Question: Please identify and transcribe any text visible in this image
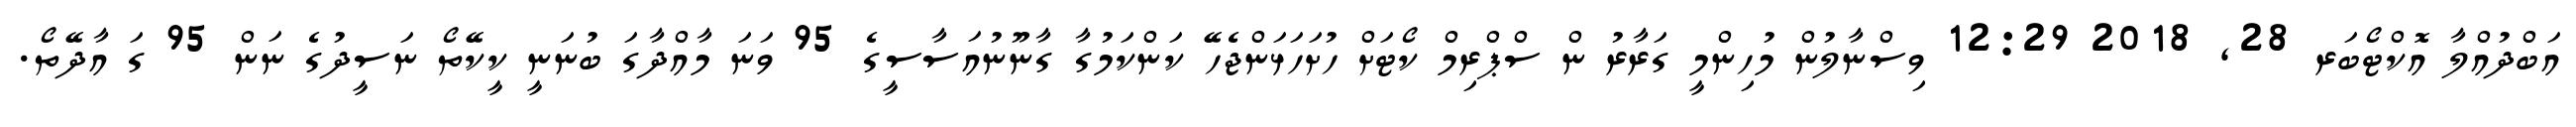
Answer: އަބްދުއްލާ އޮކްޓޯބަރ 28, 2018 12:29 ވިސްނާލުން މުހިންމީ ގަރާރު ން ސްޕްރިމް ކޯޓަށް ހުށަހަޅަންޖެހޭ ކަންކަމުގާ ގާނޫނުއަސާސީގެ 95 ވަނަ މާއްދާގަ ބުނަނީ ކީކޭތޯ ނަސީދުގެ ނަން 95 ގަ އާދޭތޯ.